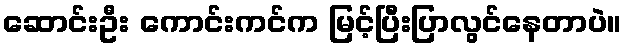
ဆောင်းဦး ကောင်းကင်က မြင့်ပြီးပြာလွင်နေတာပဲ။